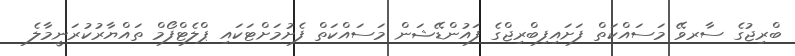
ބްރިޖުގެ ސާރވޭ މަސައްކަތް ފަށައިފިބްރިޖްގެ ފައުންޑޭޝަން މަސައްކަތް ފެށުމަށްޓަކައި ޕްލެޓްފޯމް ތައްޔާރުކުރަނީމާލެ